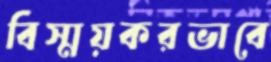
বিস্ময়করভাবে